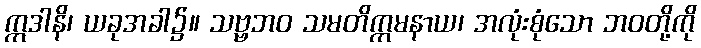
ဣဒါနိ၊ ယခုအခါ၌။ သဗ္ဗဘဝ သမတိက္ကမနာယ၊ အလုံးစုံသော ဘဝတို့ကို